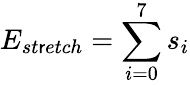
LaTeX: E_{st\mathsf{r}etch}=\sum_{i=0}^{7}s_{i}